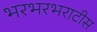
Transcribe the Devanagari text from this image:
भरभरभराटीस